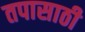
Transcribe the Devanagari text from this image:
तपासाठी